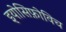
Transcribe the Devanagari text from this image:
इयोसिफ़ोविच